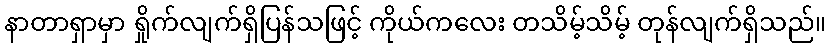
နာတာရှာမှာ ရှိုက်လျက်ရှိပြန်သဖြင့် ကိုယ်ကလေး တသိမ့်သိမ့် တုန်လျက်ရှိသည်။